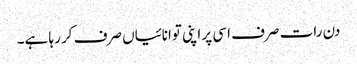
دن رات صرف اسی پر اپنی توانائیاں صرف کر رہا ہے۔